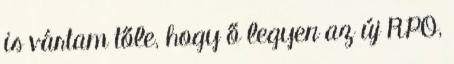
is vártam tőle, hogy ő legyen az új RPO,